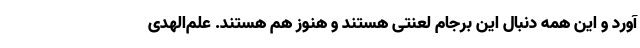
آورد و این همه دنبال این برجام لعنتی هستند و هنوز هم هستند. علم‌الهدی